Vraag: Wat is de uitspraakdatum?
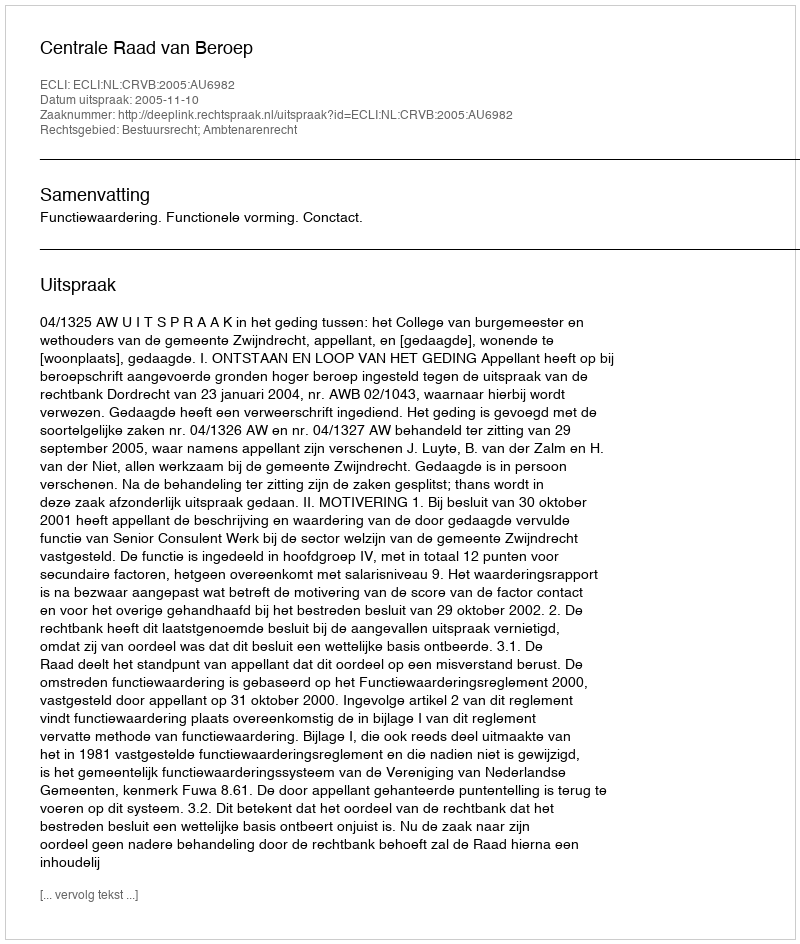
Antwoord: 2005-11-10